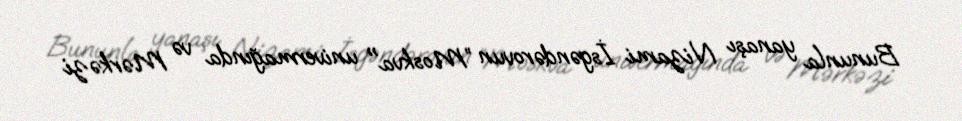
Bununla yanaşı Nizami İsgəndərovun ”Moskva" univermağında və Mərkəzi